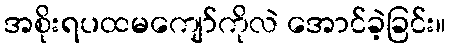
အစိုးရပထမကျော်ကိုလဲ အောင်ခဲ့ခြင်း။